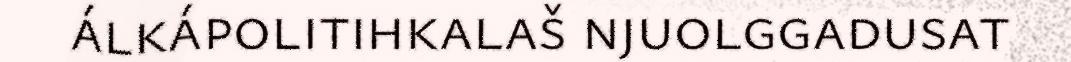
álkápolitihkalaš njuolggadusat